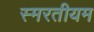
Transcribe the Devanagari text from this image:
स्मरतीयम